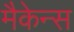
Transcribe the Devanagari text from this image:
मैकेन्स